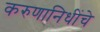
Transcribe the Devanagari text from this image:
करुणानिधींचे